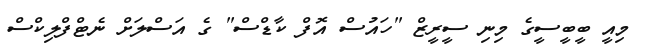
މިއީ ބީބީސީގެ މިނި ސީރީޒް "ހައުސް އޮފް ކާޑްސް" ގެ އަސްލަށް ނެޓްފްލިކްސް